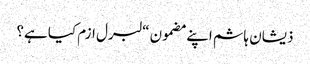
ذیشان ہاشم اپنے مضمون “لبرل ازم کیا ہے؟